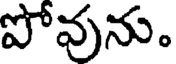
పోవును.